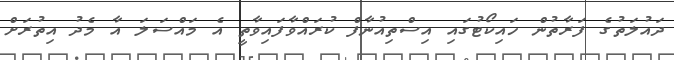
ދައުލަތުގެ ފަރާތުން ހައިކޯޓުގައި އިސްތިއުނާފް ކުރައްވާފައިވާތީ އެ މައްސަލަ އާ މެދު އިތުރަށް